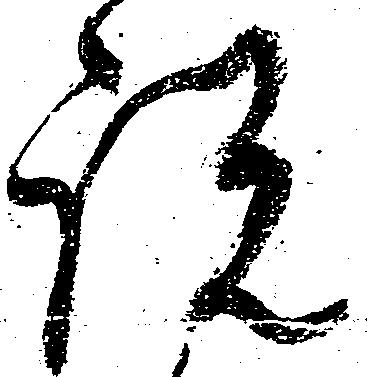
説